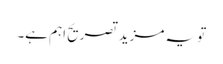
تو یہ مزید تصریح اہم ہے۔